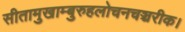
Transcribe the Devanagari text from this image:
सीतामुखाम्बुरुहलोचनचञ्चरीक।